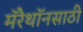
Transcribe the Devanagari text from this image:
मॅरेथॉनसाठी